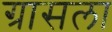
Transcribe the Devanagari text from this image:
ग्रासला